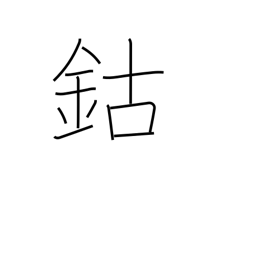
Meaning: cobalt